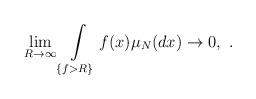
LaTeX: \begin{align*} \lim_{R\to \infty} \int\limits_{\{ f >R \}} f(x) \mu_N(dx) \to 0, \ .\end{align*}